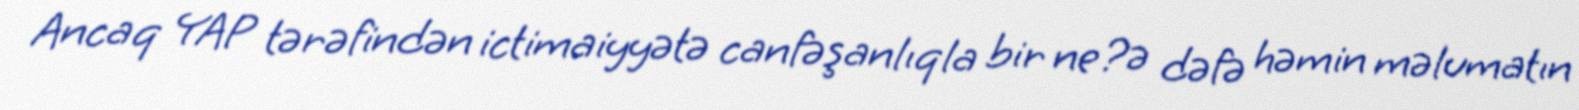
Ancaq YAP tərəfindən ictimaiyyətə canfəşanlıqla bir ne?ə dəfə həmin məlumatın